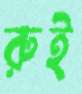
রুই